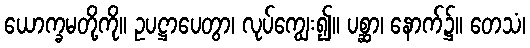
ယောက္ခမတို့ကို။ ဥပဋ္ဌာပေတွာ၊ လုပ်ကျွေး၍။ ပစ္ဆာ၊ နောက်၌။ တေသံ၊